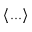
\langle . . . \rangle